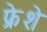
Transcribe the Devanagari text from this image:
फ्रेशे